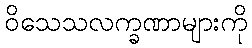
ဝိသေသလက္ခဏာများကို